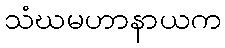
သံဃမဟာနာယက